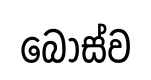
බොස්ව